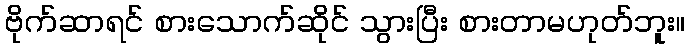
ဗိုက်ဆာရင် စားသောက်ဆိုင် သွားပြီး စားတာမဟုတ်ဘူး။